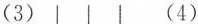
(3) (4)